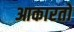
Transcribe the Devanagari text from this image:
आकारतो